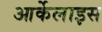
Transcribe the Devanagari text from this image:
आर्केलाइस